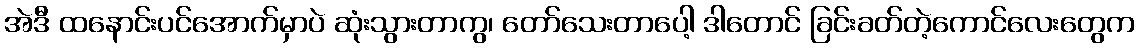
အဲဒီ ထနောင်းပင်အောက်မှာပဲ ဆုံးသွားတာကွ၊ တော်သေးတာပေါ့ ဒါတောင် ခြင်းခတ်တဲ့ကောင်လေးတွေက